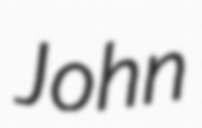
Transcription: John